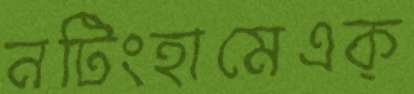
নটিংহামেএক্